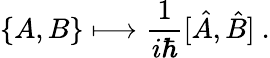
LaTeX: \{ A,B\} \longmapsto{\frac{1}{i\hbar}}[{\hat{A}},{\hat{B}}]~.